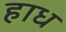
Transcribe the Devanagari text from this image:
हाध